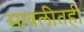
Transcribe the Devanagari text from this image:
सावलीतही